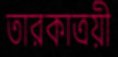
তারকাত্রয়ী